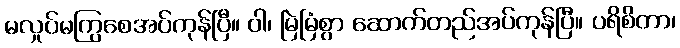
မလှုပ်မကြွစေအပ်ကုန်ပြီ။ ဝါ၊ မြဲမြံစွာ ဆောက်တည်အပ်ကုန်ပြီ။ ပရိစိတာ၊